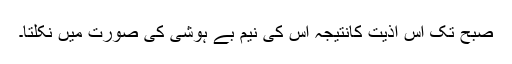
صبح تک اس اذیت کانتیجہ اس کی نیم بے ہوشی کی صورت میں نکلتا۔